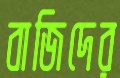
বাজিদের